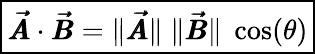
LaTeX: \boxed{\pmb{\vec{A}}\cdot\pmb{\vec{B}}=\lVert\pmb{\vec{A}}\rVert\; \lVert\pmb{\vec{B}}\rVert\; \cos(\theta)}